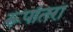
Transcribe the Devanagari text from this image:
रूपांतरा